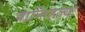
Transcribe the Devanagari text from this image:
वान्तिहज्यः